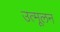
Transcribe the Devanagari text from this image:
उत्मूलन